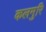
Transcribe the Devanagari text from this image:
कलमुरि